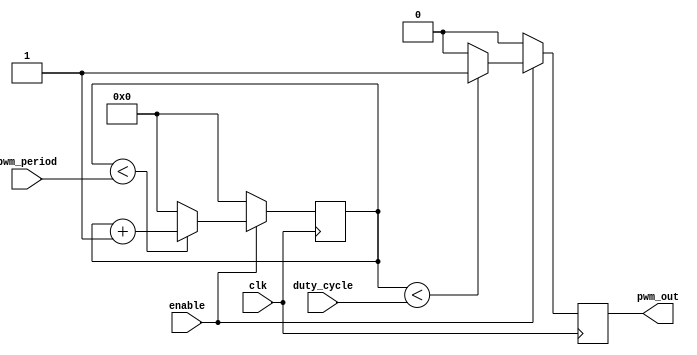
module pwm_timer (
    input wire clk,
    input wire enable,
    input wire [15:0] pwm_period,
    input wire [15:0] duty_cycle,
    output reg pwm_out
);

reg [15:0] counter;

always @(posedge clk) begin
    if (enable) begin
        if (counter < pwm_period) begin
            counter <= counter + 1;
        end else begin
            counter <= 0;
        end
        
        if (counter < duty_cycle) begin
            pwm_out <= 1;
        end else begin
            pwm_out <= 0;
        end
    end else begin
        counter <= 0;
        pwm_out <= 0;
    end
end

endmodule